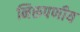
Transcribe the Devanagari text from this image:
निरूपणीय